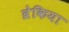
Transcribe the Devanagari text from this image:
ब्रेकिया